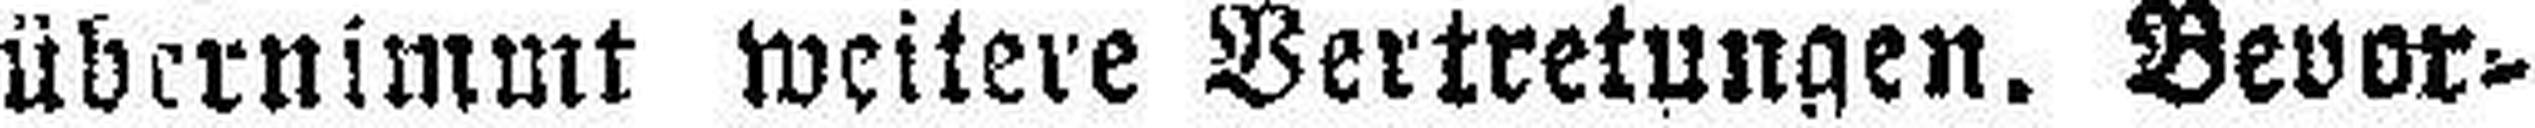
übernimmt weitere Vertretungen, Bevor¬